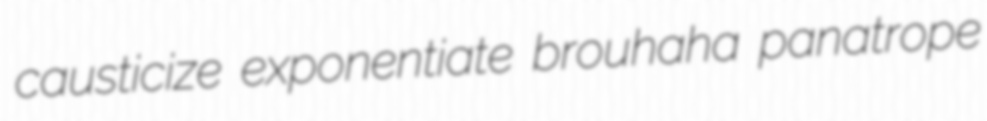
causticize exponentiate brouhaha panatrope